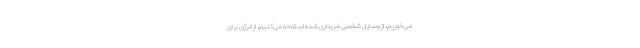
می‌خوریم، از وسایل شخصی خریداری شده استفاده می‌کنیم، از انرژی برای